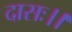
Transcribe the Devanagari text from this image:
दासः।।